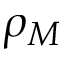
\rho _ { M }